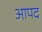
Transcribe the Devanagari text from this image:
आपद